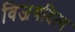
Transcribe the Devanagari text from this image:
विजयदित्य